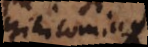
nihilominus